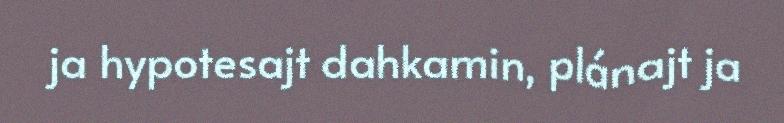
ja hypotesajt dahkamin, plánajt ja